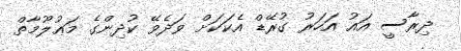
ދިރާސީ އައު އަހަރު ގުރޭޑް އެކަކަށް ވަދެވޭ ކުދިންގެ މަޢުލޫމާތް